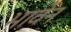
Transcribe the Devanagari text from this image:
भावेन